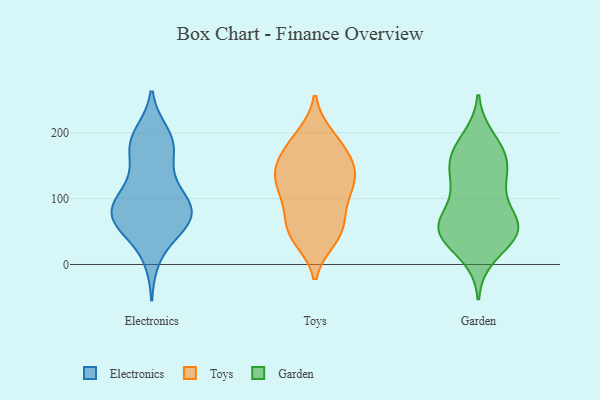
{"axis": {"x": "Revenue (USD Million)", "y": "Value"}, "legend": ["Electronics", "Garden", "Toys"], "data": [{"x": "", "y": 134, "type": "Electronics"}, {"x": "", "y": 76, "type": "Electronics"}, {"x": "", "y": 64, "type": "Electronics"}, {"x": "", "y": 184, "type": "Electronics"}, {"x": "", "y": 93, "type": "Electronics"}, {"x": "", "y": 183, "type": "Electronics"}, {"x": "", "y": 78, "type": "Electronics"}, {"x": "", "y": 105, "type": "Electronics"}, {"x": "", "y": 56, "type": "Electronics"}, {"x": "", "y": 82, "type": "Electronics"}, {"x": "", "y": 80, "type": "Electronics"}, {"x": "", "y": 11, "type": "Electronics"}, {"x": "", "y": 116, "type": "Electronics"}, {"x": "", "y": 184, "type": "Electronics"}, {"x": "", "y": 65, "type": "Electronics"}, {"x": "", "y": 197, "type": "Electronics"}, {"x": "", "y": 173, "type": "Electronics"}, {"x": "", "y": 62, "type": "Electronics"}, {"x": "", "y": 38, "type": "Toys"}, {"x": "", "y": 119, "type": "Toys"}, {"x": "", "y": 193, "type": "Toys"}, {"x": "", "y": 163, "type": "Toys"}, {"x": "", "y": 158, "type": "Toys"}, {"x": "", "y": 48, "type": "Toys"}, {"x": "", "y": 48, "type": "Toys"}, {"x": "", "y": 196, "type": "Toys"}, {"x": "", "y": 106, "type": "Toys"}, {"x": "", "y": 116, "type": "Toys"}, {"x": "", "y": 39, "type": "Toys"}, {"x": "", "y": 142, "type": "Toys"}, {"x": "", "y": 72, "type": "Toys"}, {"x": "", "y": 184, "type": "Toys"}, {"x": "", "y": 89, "type": "Toys"}, {"x": "", "y": 119, "type": "Toys"}, {"x": "", "y": 139, "type": "Toys"}, {"x": "", "y": 139, "type": "Toys"}, {"x": "", "y": 69, "type": "Toys"}, {"x": "", "y": 156, "type": "Toys"}, {"x": "", "y": 49, "type": "Garden"}, {"x": "", "y": 155, "type": "Garden"}, {"x": "", "y": 190, "type": "Garden"}, {"x": "", "y": 63, "type": "Garden"}, {"x": "", "y": 50, "type": "Garden"}, {"x": "", "y": 119, "type": "Garden"}, {"x": "", "y": 169, "type": "Garden"}, {"x": "", "y": 56, "type": "Garden"}, {"x": "", "y": 46, "type": "Garden"}, {"x": "", "y": 158, "type": "Garden"}, {"x": "", "y": 14, "type": "Garden"}, {"x": "", "y": 130, "type": "Garden"}, {"x": "", "y": 65, "type": "Garden"}, {"x": "", "y": 60, "type": "Garden"}, {"x": "", "y": 49, "type": "Garden"}, {"x": "", "y": 114, "type": "Garden"}, {"x": "", "y": 169, "type": "Garden"}]}